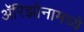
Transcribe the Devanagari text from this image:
अॅरिझोनामध्ये